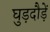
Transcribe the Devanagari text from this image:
घुड़दौड़ें